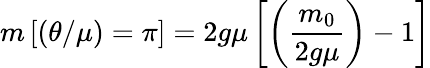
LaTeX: m\left[\left(\theta/\mu\right)=\pi\right]=2g\mu\left[\left({\frac{m_{0}}{2g\mu}}\right)-1\right]